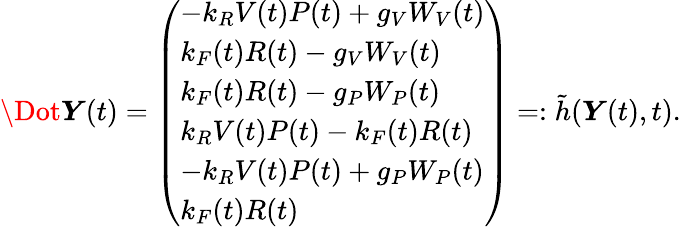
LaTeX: \Dot{\boldsymbol{Y}}(t)=\left(\begin{array}{l}{-k_{R}V(t)P(t)+g_{V}W_{V}(t)}\\ {k_{F}(t)R(t)-g_{V}W_{V}(t)}\\ {k_{F}(t)R(t)-g_{P}W_{P}(t)}\\ {k_{R}V(t)P(t)-k_{F}(t)R(t)}\\ {-k_{R}V(t)P(t)+g_{P}W_{P}(t)}\\ {k_{F}(t)R(t)}\end{array}\right)=:\tilde{h}(\boldsymbol{Y}(t),t).